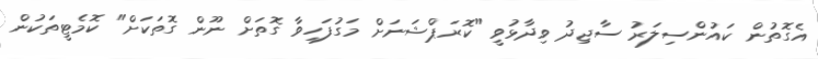
އެގޮތުން ކައުންސިލަރު ސާޖިދު ވިދާޅުވީ "ކޮރަޕްޝަނަށް މަގުފަހިވާ ގޮތަށް ނޫން ގޮތަކަށް" ކޮމެޓީތަކުން